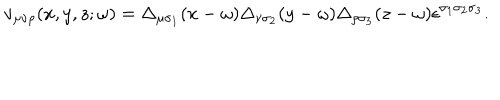
v _ { \mu \nu \rho } ( x , y , z ; \omega ) = \Delta _ { \mu \sigma _ { 1 } } ( x - \omega ) \Delta _ { \nu \sigma _ { 2 } } ( y - \omega ) \Delta _ { \rho \sigma _ { 3 } } ( z - \omega ) \epsilon ^ { \sigma _ { 1 } \sigma _ { 2 } \sigma _ { 3 } } .